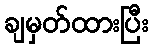
ချမှတ်ထားပြီး